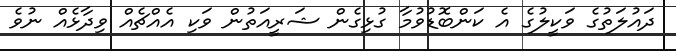
ދައުލަތުގެ ވަކީލުގެ އެ ކަންބޮޑުވުމާ ގުޅިގެން ޝަރީއަތުން ވަކި އެއްޗެއް ވިދާޅެއް ނުވެ